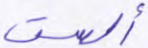
ألست